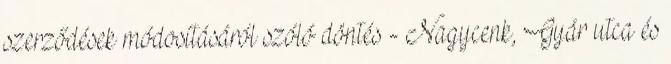
szerződések módosításáról szóló döntés - Nagycenk, Gyár utca és